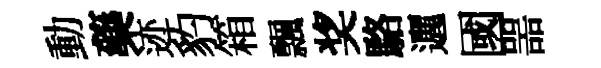
動藥迹豹箱飄奖駱邐國噐